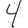
Digit: 4